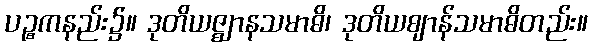
ပဉ္စကနည်း၌။ ဒုတိယဇ္ဈာနသမာဓိ၊ ဒုတိယဈာန်သမာဓိတည်း။